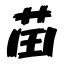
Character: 苗